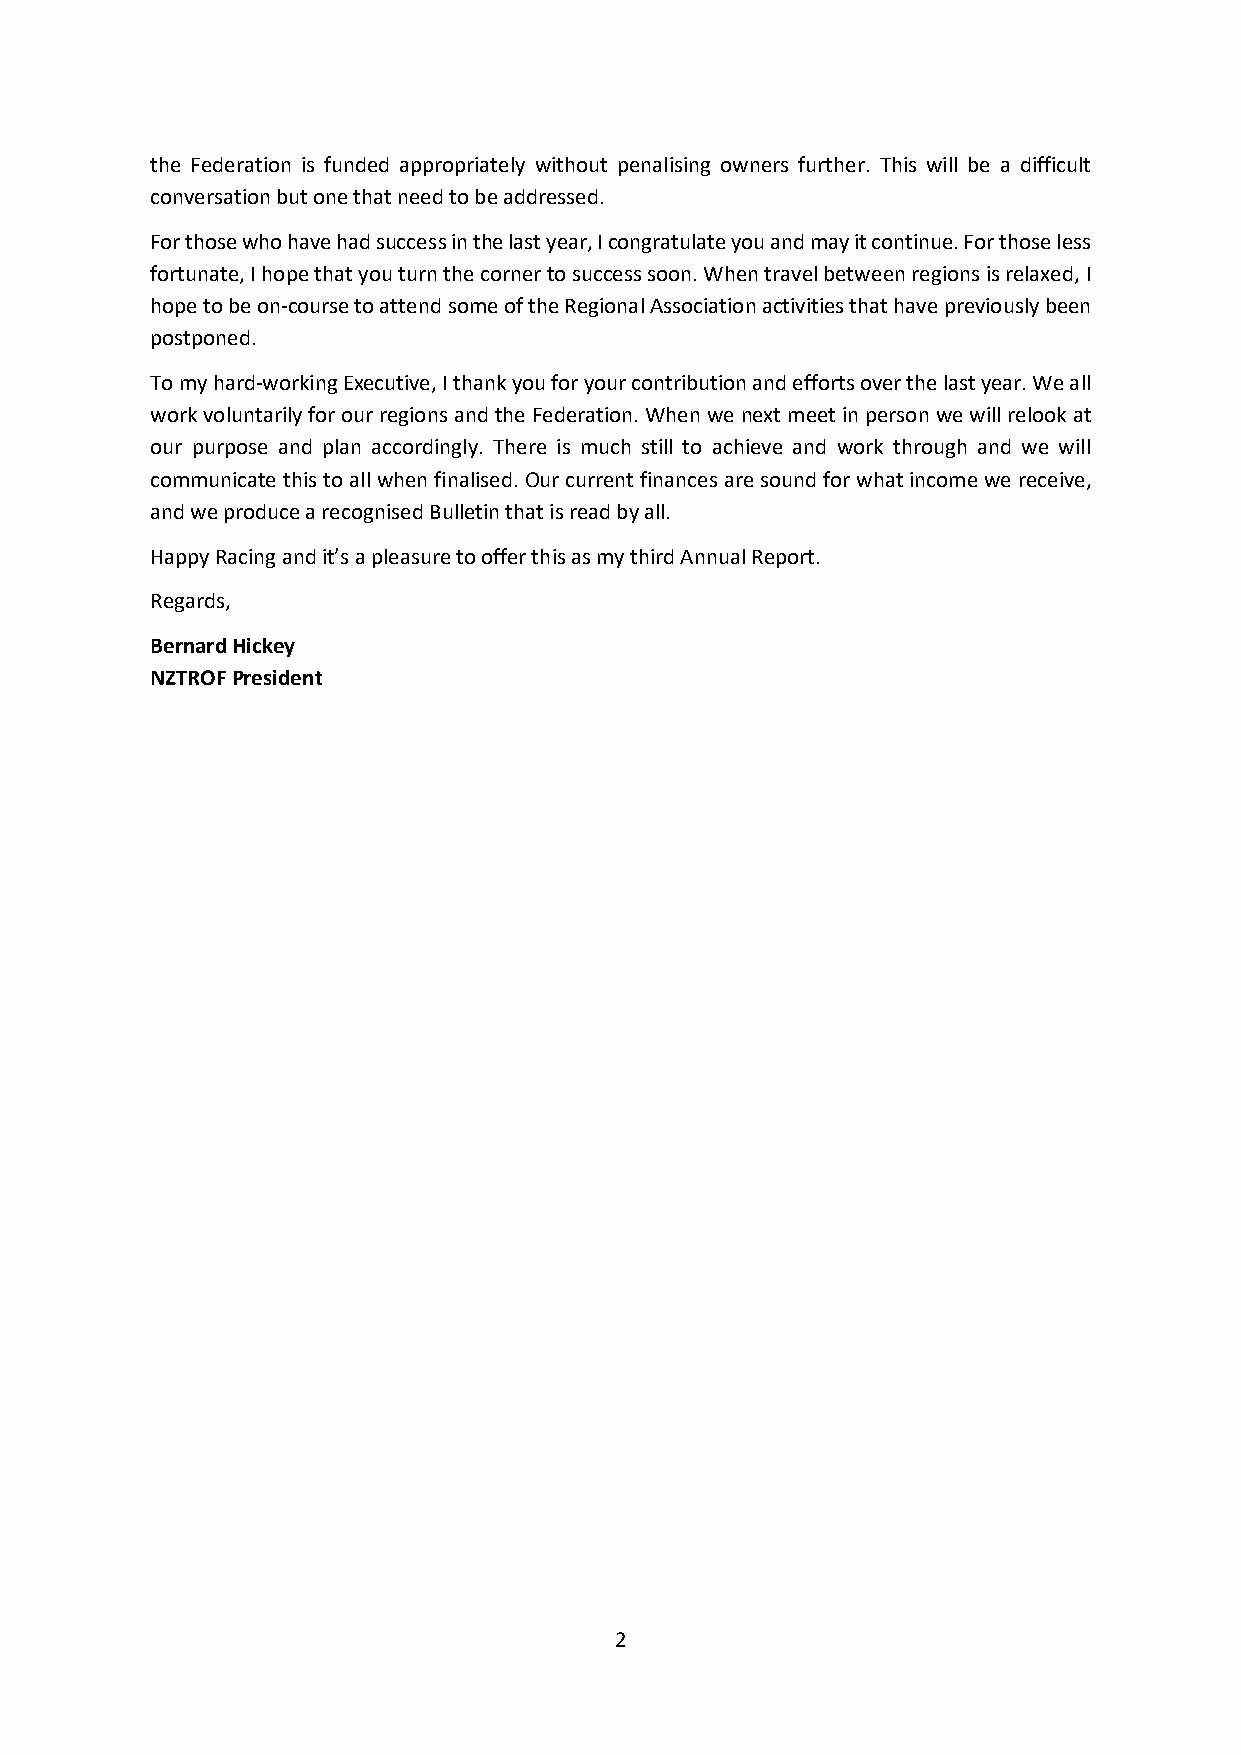
the Federation is funded appropriately without penalising owners further. This will be a difficult
 conversation but one that need to be addressed.
 For those who have had success in the last year, I congratulate you and may it continue. For those less
 fortunate, I hope that you turn the corner to success soon. When travel between regions is relaxed, I
 hope to be on-course to attend some of the Regional Association activities that have previously been
 postponed.
 To my hard-working Executive, I thank you for your contribution and efforts over the last year. We all
 work voluntarily for our regions and the Federation. When we next meet in person we will relook at
 our purpose and plan accordingly. There is much still to achieve and work through and we will
 communicate this to all when finalised. Our current finances are sound for what income we receive,
 and we produce a recognised Bulletin that is read by all.
 Happy Racing and it’s a pleasure to offer this as my third Annual Report.
 Regards,
 Bernard Hickey
 NZTROF President
 2